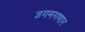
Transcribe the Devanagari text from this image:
डगमगणार